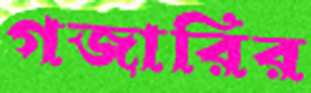
গজারির